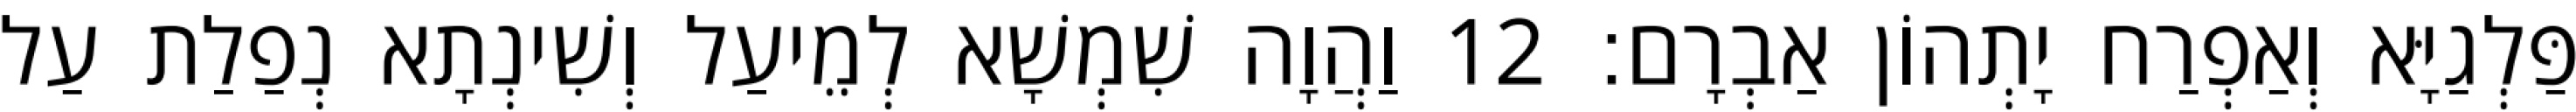
פַּלְגַיָּא וְאַפְרַח יָתְהוֹן אַבְרָם׃ 12 וַהֲוָה שִׁמְשָׁא לְמֵיעַל וְשִׁינְתָא נְפַלַת עַל